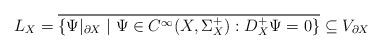
LaTeX: \begin{align*} L_X = \overline{\{ \Psi|_{\partial X} \mid \Psi \in C^\infty(X, \Sigma_X^+) : D_X^+ \Psi = 0\}} \subseteq V_{\partial X}\end{align*}